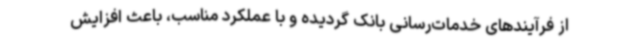
از فرآیندهای خدمات‌رسانی بانک گردیده و با عملکرد مناسب، باعث افزایش